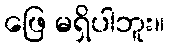
ဖြေ မရှိပါဘူး။